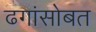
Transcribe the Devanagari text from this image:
ढगांसोबत